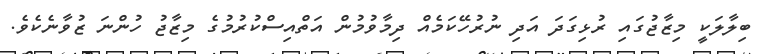
ބިލާލަކީ މިޒާޖުގައި ރުޅިގަދަ އަދި ނުރުހޭކަމެއް ދިމާވުމުން އަތްއިސްކުރުމުގެ މިޒާޖު ހުންނަ ޒުވާނެކެވެ.